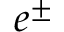
e ^ { \pm }